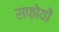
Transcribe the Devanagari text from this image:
सफ़ोयों